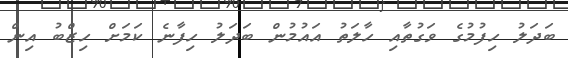
ބަދަލު ހިފުމުގެ ވަގުތާއި ހާލަތު އައުމުން ބަދަލު ހިފާނެ ކަމަށް ހިޒްބު އިން